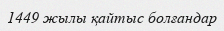
1449 жылы қайтыс болғандар